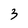
Character: 3